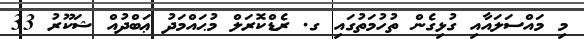
މި މައްސަލައާއި ގުޅިގެން ތުހުމަތުގައި ގ. ރެޑްކޮރަލް މުޙައްމަދު ޢަބްދުއް ޝަކޫރު 33